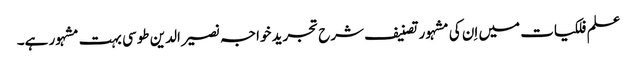
علم فلکیات میں اِن کی مشہور تصنیف شرح تجرید خواجہ نصیر الدین طوسی بہت مشہور ہے۔